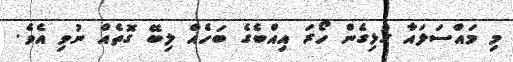
މި މައްސަލައާ ގުޅިގެން ހޯރަ އިއްބެގެ ބަހެއް ލިބޭ ގޮތެއް ނުވި އެވެ.